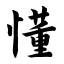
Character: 懂